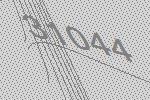
31044